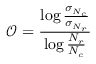
\mathcal { O } = \frac { \log \frac { \sigma _ { N _ { c } } } { \sigma _ { N _ { r } } } } { \log \frac { N _ { r } } { N _ { c } } }